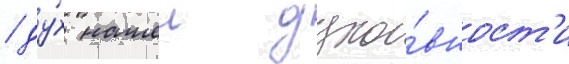
/ ду́х нашеи духо́вност'и